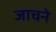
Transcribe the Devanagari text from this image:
जाचने